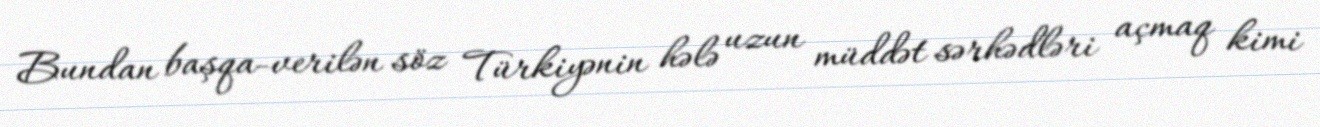
Bundan başqa-verilən söz Türkiyənin hələ uzun müddət sərhədləri açmaq kimi